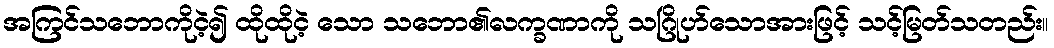
အကြင်သဘောကိုငဲ့၍ ထိုထိုငဲ့ သော သဘော၏လက္ခဏာကို သဂြိုဟ်သောအားဖြင့် သင့်မြတ်သတည်း။